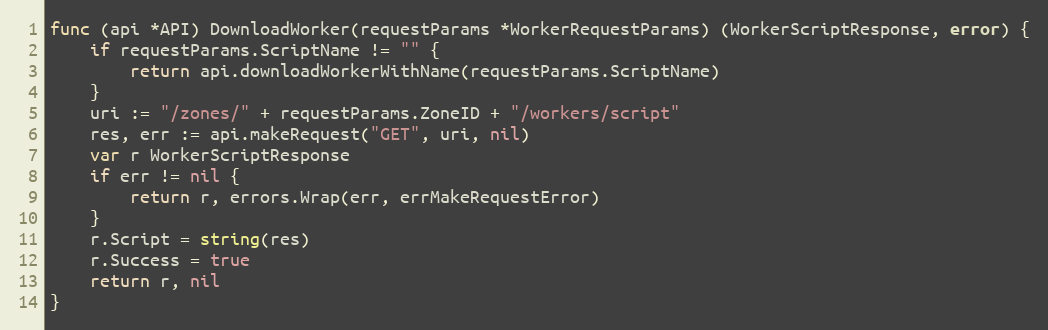
Language: Go
func (api *API) DownloadWorker(requestParams *WorkerRequestParams) (WorkerScriptResponse, error) {
	if requestParams.ScriptName != "" {
		return api.downloadWorkerWithName(requestParams.ScriptName)
	}
	uri := "/zones/" + requestParams.ZoneID + "/workers/script"
	res, err := api.makeRequest("GET", uri, nil)
	var r WorkerScriptResponse
	if err != nil {
		return r, errors.Wrap(err, errMakeRequestError)
	}
	r.Script = string(res)
	r.Success = true
	return r, nil
}